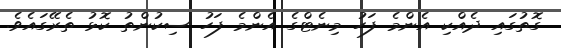
ގޮތުގައި ދެއްކި އެންމެ ފަހު މިނެޓްގެ އެންމެ ފަހު ސިކުންތު ކޮޅު ތެރޭގައެވެ.